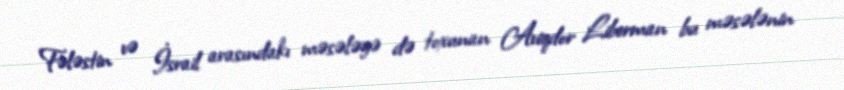
Fələstin və İsrail arasındakı məsələyə də toxunan Aviqdor Liberman bu məsələnin